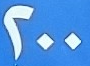
200